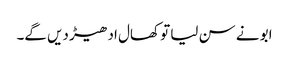
ابو نے سن لیا تو کھال ادھیڑ دیں گے۔